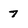
Character: 7